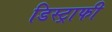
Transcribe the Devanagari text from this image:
डिस्ट्राफी